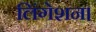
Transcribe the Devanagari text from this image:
लिंगेशन।